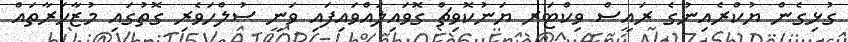
ގުޅިގެން ޔުކްރެއިނުގެ ރައީސް ވިކްޓަރ ޔަނުކޮވިޗް ގޮވައިލައްވައިފައި ވަނީ ސުލްހަވެރި ގޮތުގައި މުޒާހަރާތައް